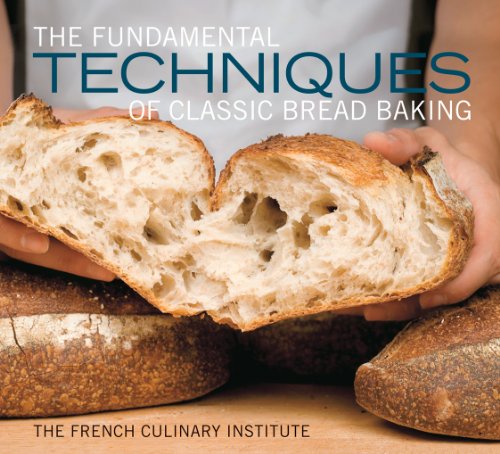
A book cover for The Fundamental Techniques of Classic Bread Baking; French Culinary Institute; Cookbooks, Food & Wine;